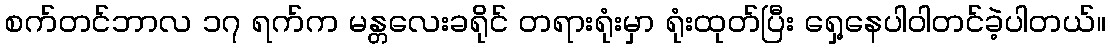
စက်တင်ဘာလ ၁၇ ရက်က မန္တလေးခရိုင် တရားရုံးမှာ ရုံးထုတ်ပြီး ရှေ့နေပါဝါတင်ခဲ့ပါတယ်။